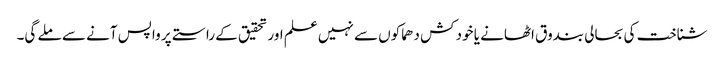
شناخت کی بحالی بندوق اٹھانے یا خود کش دھماکوں سے نہیں علم اور تحقیق کے راستے پر واپس آنے سے ملے گی۔